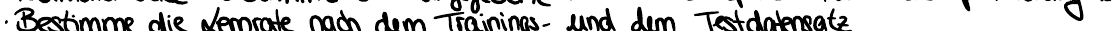
Bestimme die Lernrate nach dem Trainings- und dem Testdatensatz